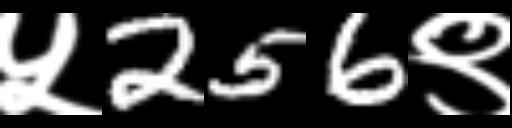
Text: ५256९